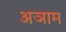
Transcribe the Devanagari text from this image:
अञाम